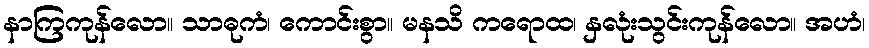
နာကြကုန်လော။ သာဓုကံ၊ ကောင်းစွာ။ မနသိ ကရောထ၊ နှလုံးသွင်းကုန်လော။ အဟံ၊